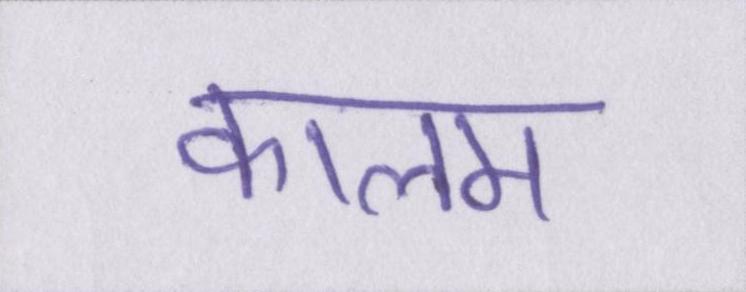
कालम